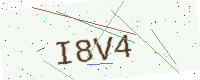
Text: I8V4